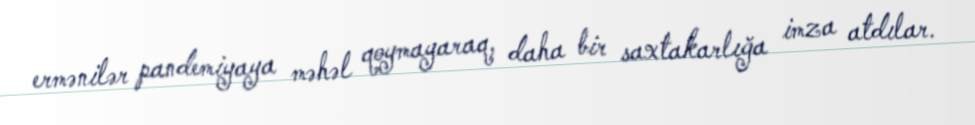
ermənilər pandemiyaya məhəl qoymayaraq, daha bir saxtakarlığa imza atdılar.